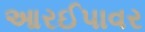
આરઈપાવર